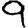
Digit: 9